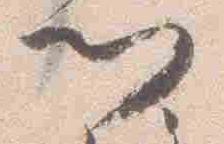
門